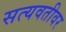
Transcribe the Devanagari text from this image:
सत्यवतीवर